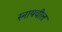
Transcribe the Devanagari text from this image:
स्नायवील